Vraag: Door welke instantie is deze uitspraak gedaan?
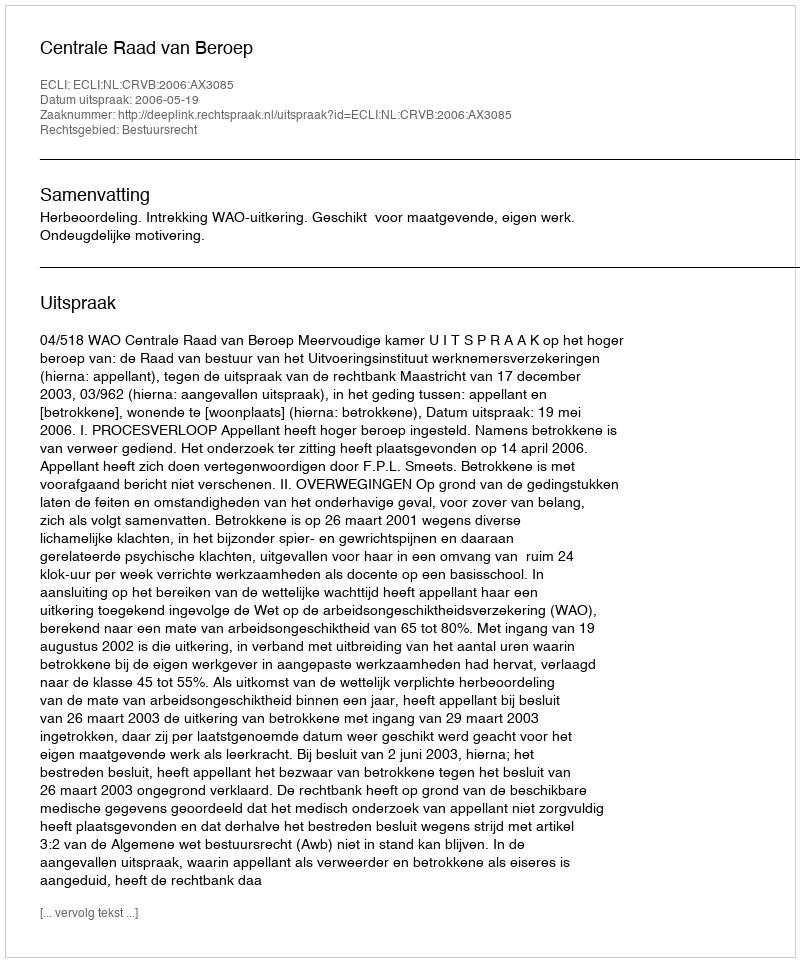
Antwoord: Centrale Raad van Beroep